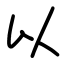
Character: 以